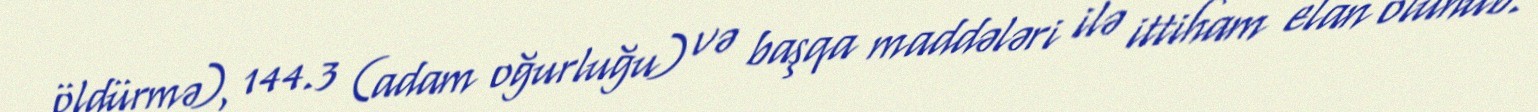
öldürmə), 144.3 (adam oğurluğu) və başqa maddələri ilə ittiham elan olunub.